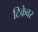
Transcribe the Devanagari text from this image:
टिकेवर